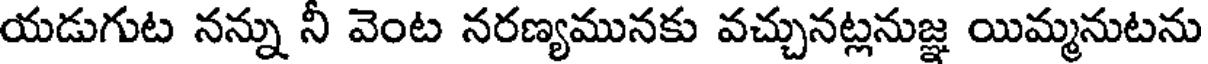
యడుగుట నన్ను నీ వెంట నరణ్యమునకు వచ్చునట్లనుజ్ఞ యిమ్మనుటను